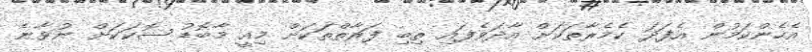
އެހެންކަމުން އެފަދަ ކެމެރާތަކަށް އާދަވެފައި ތިބި ފަރާތްތަކަށް މިއީ މާބޮޑު ޝޮކަކަށް ނުވާނެ